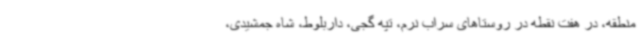
منطقه، در هفت نقطه در روستاهای سراب نرم، تپه گجی، داربلوط، شاه جمشیدی،